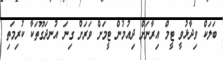
ބަލަކް ވިދާޅުވީ ޓީމް އިރާނަށް ދިއުމުން ޓީމަށް ވަރަށް ގިނަ އުނދަގޫތަކާ ކުރިމަތި